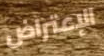
الإعتراض